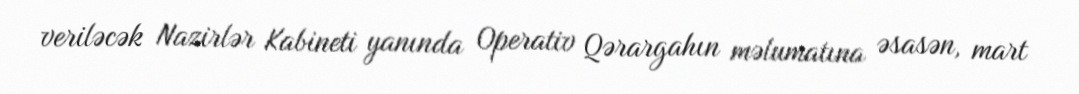
veriləcək Nazirlər Kabineti yanında Operativ Qərargahın məlumatına əsasən, mart